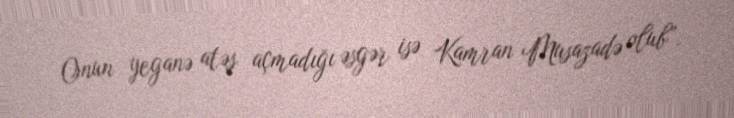
Onun yeganə atəş açmadığı əsgər isə Kamran Musazadə olub”.